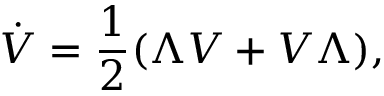
\dot { V } = \frac { 1 } { 2 } ( \Lambda V + V \Lambda ) ,